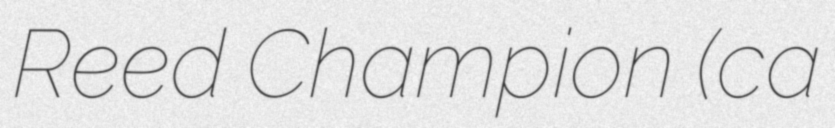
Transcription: Reed Champion (ca